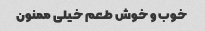
خوب و خوش طعم خیلی ممنون